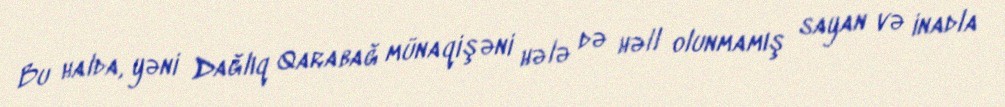
Bu halda, yəni Dağlıq Qarabağ münaqişəni hələ də həll olunmamış sayan və inadla